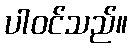
ပါဝင်သည်။